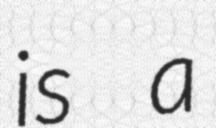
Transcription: is a